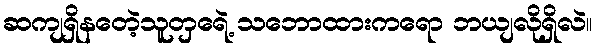
ဆကျရှိနတေဲ့သူတှရေဲ့ သဘောထားကရော ဘယျလိုရှိလဲ။